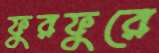
ফুরফুরে